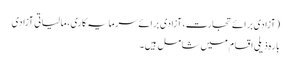
(آزادی برائے تجارت، آزادی برائے سرمایہ کاری، مالیاتی آزادی
بارہ ذیلی اقسام میں شامل ہیں۔